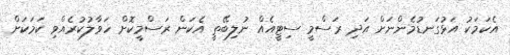
އެކަމަކު އަޅުގަނޑުމެންނަށް އަދި ރަސްމީ ސިޓީއެއް ނުލިބޭތީ އެކަން ރަސްމީކޮށް ހަވާލުކުރެއްވި ކަމަކަށް